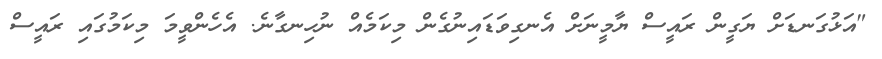
"އަޅުގަނޑަށް ޔަގީން ރައީސް ޔާމީނަށް އެނގިވަޑައިނުގެން މިކަމެއް ނުހިނގާނެ. އެހެންވީމަ މިކަމުގައި ރައީސް